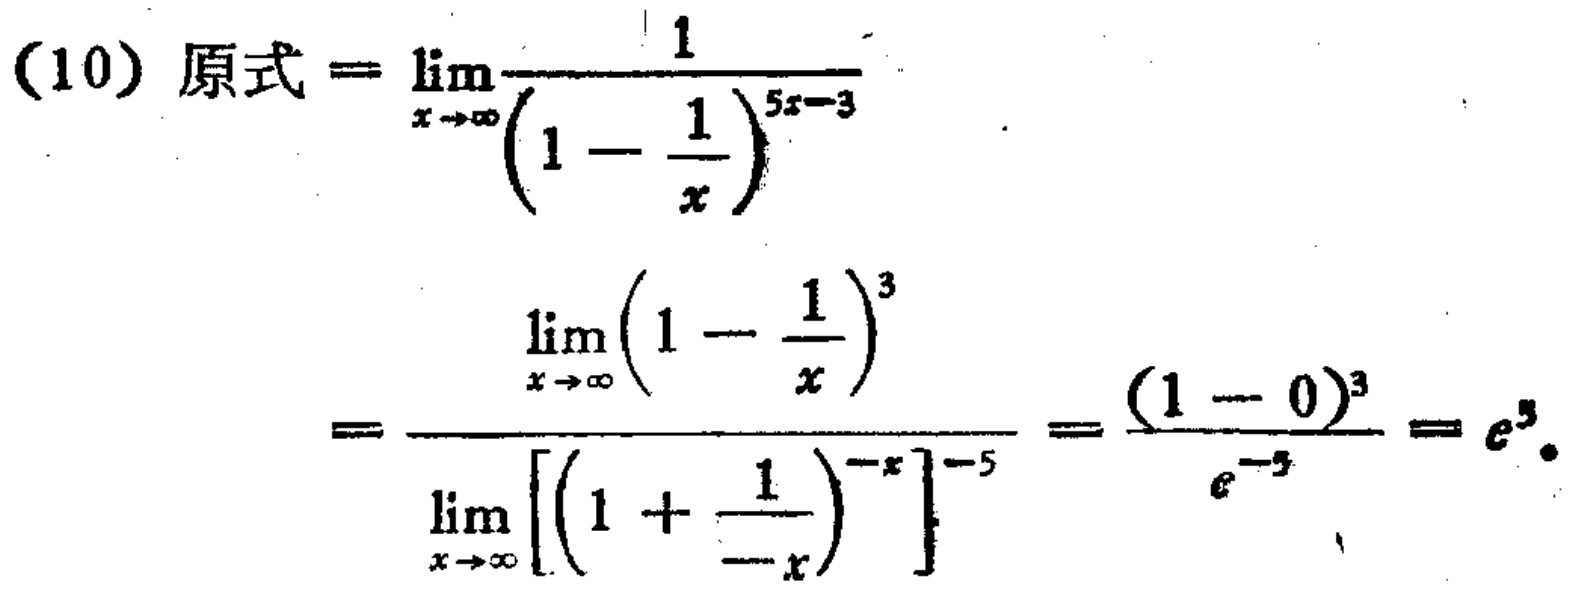
\[
\begin{align*}
(10)\ 原式&=\lim_{x \to \infty} \frac{1}{(1 - \frac{1}{x})^{5x - 3}}\\
&=\frac{\lim_{x \to \infty} (1 - \frac{1}{x})^{3}}{\lim_{x \to \infty} \left[\left(1 + \frac{1}{-x}\right)^{-x}\right]^{-5}}=\frac{(1 - 0)^{3}}{e^{-5}} = e^{5}
\end{align*}
\]